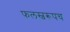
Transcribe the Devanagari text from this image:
फलस्वरूपच